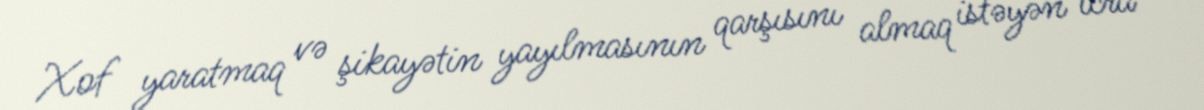
Xof yaratmaq və şikayətin yayılmasının qarşısını almaq istəyən icra